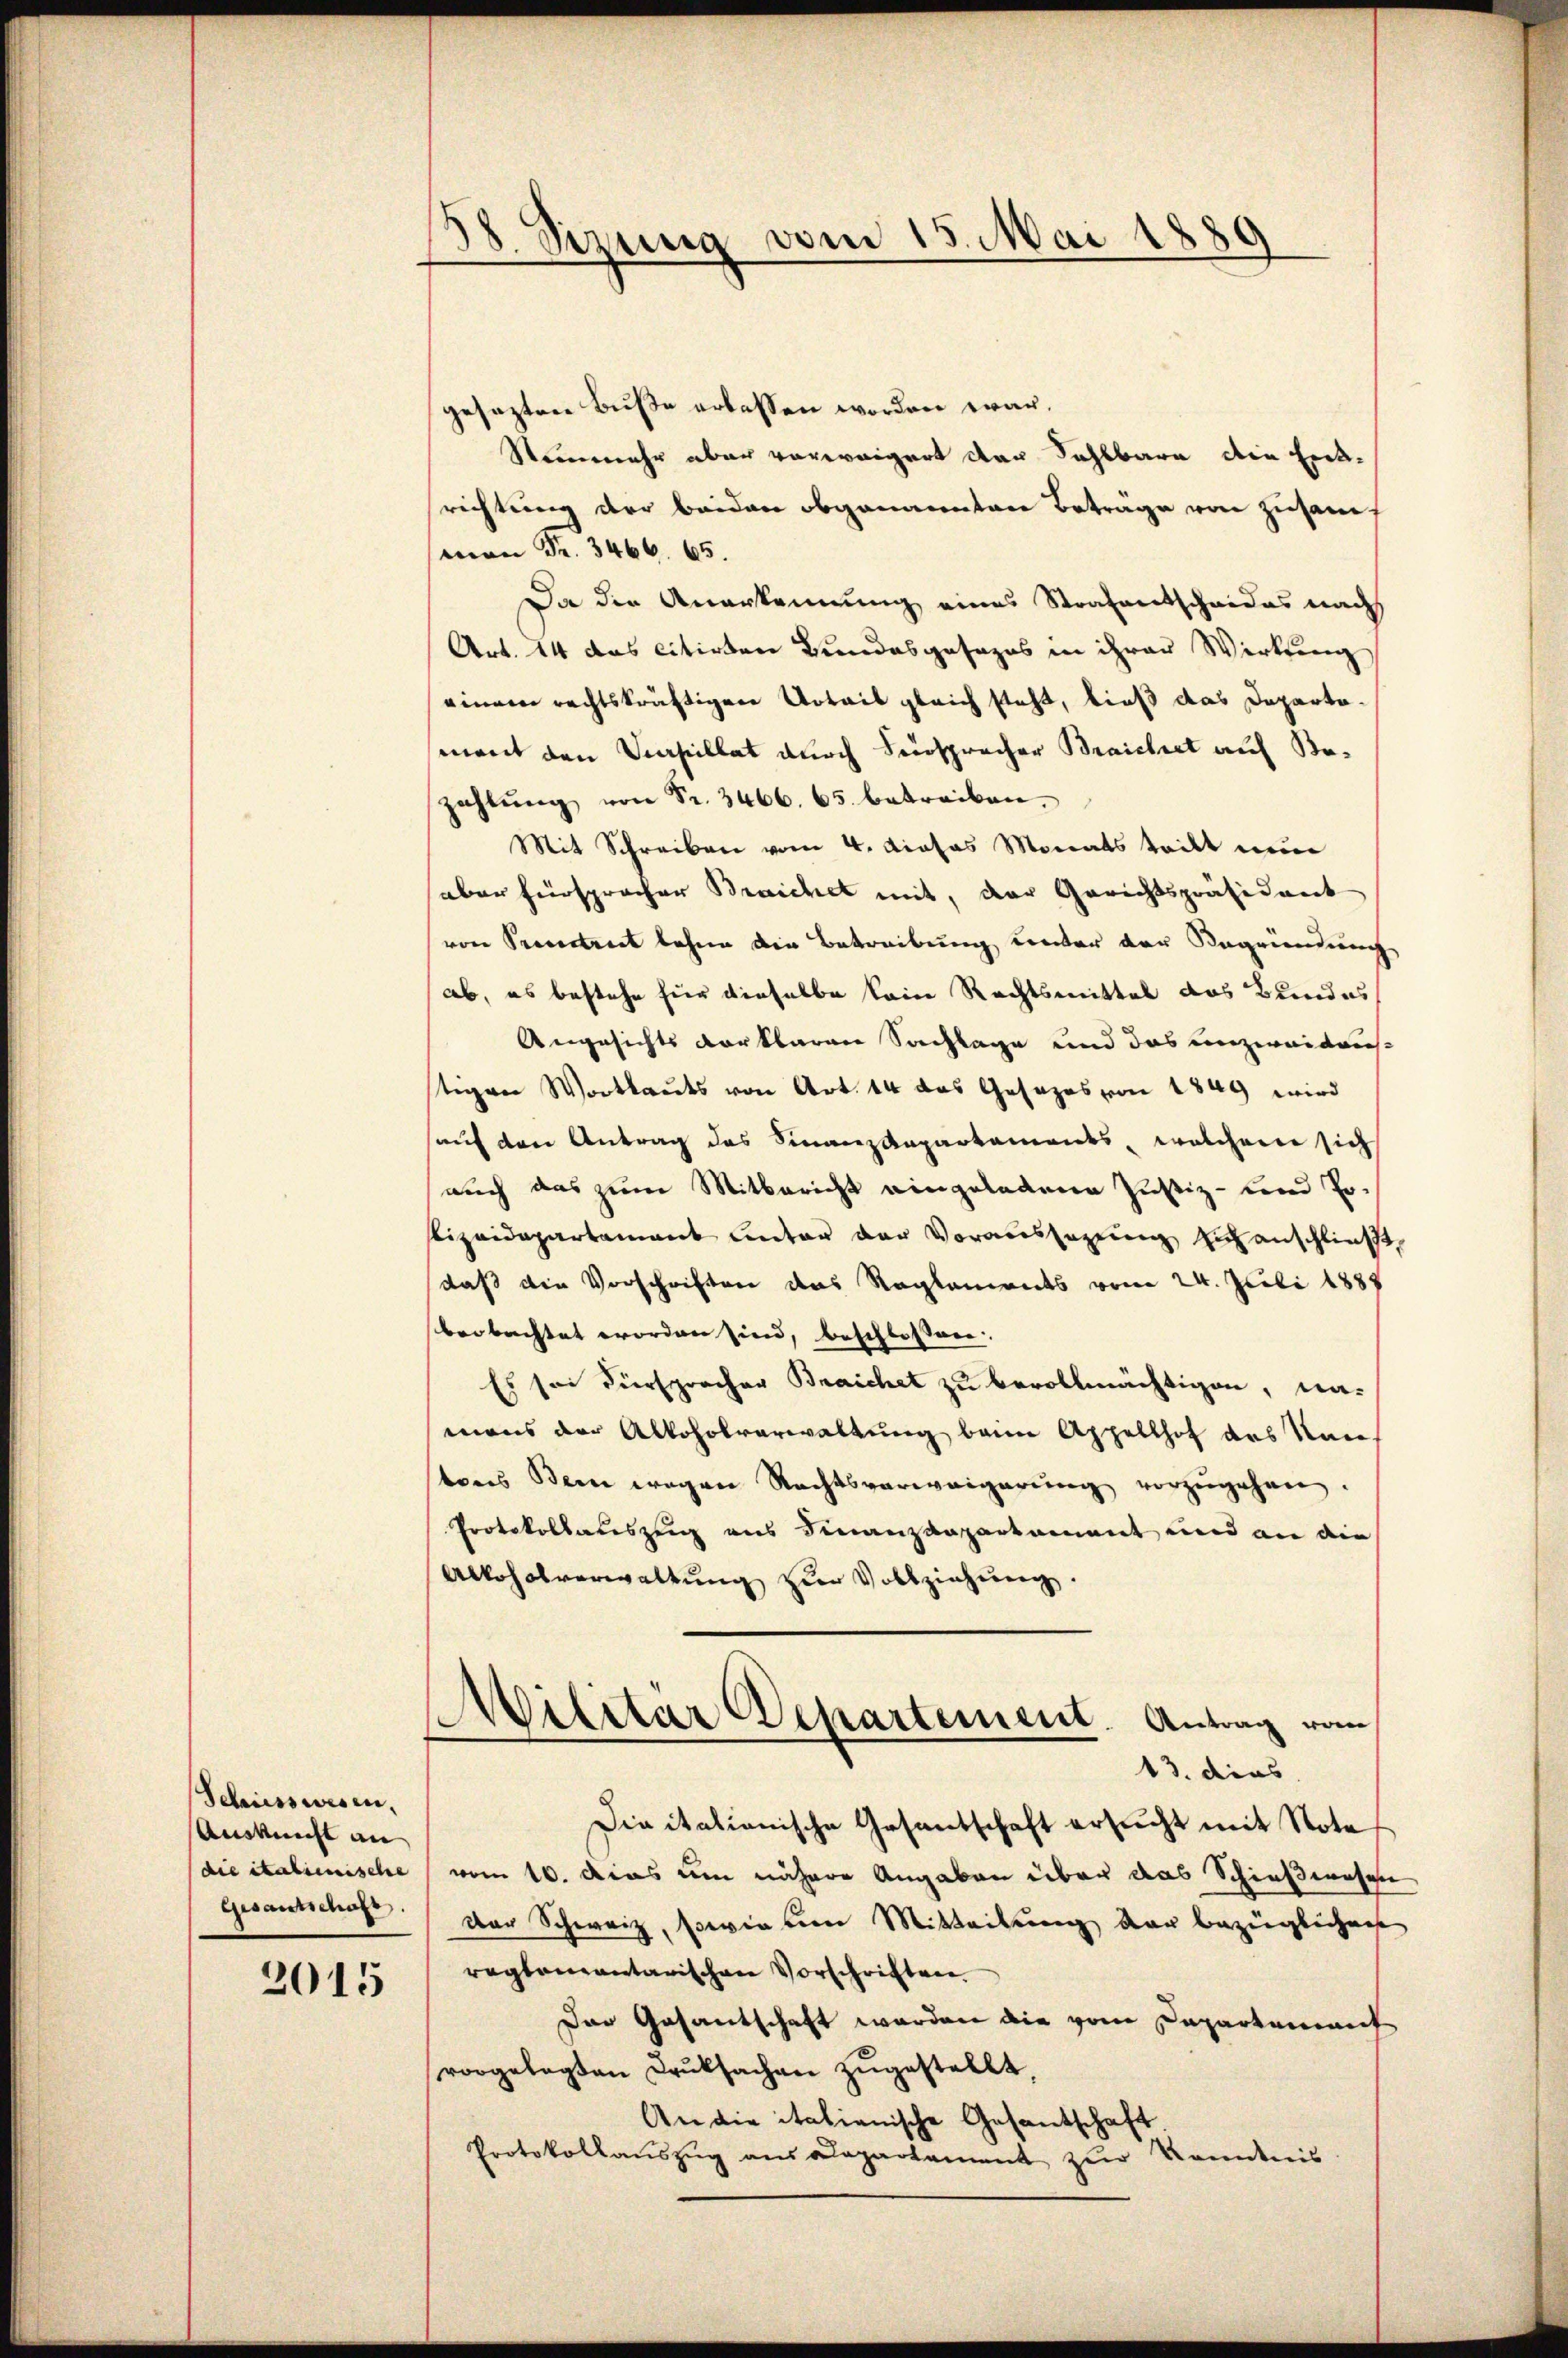
Schusswesen.
Auskunft an |
die italienische
Gesantschaft

2015

38. Sizung vom 15. Mai 1889

gesezten Buße erlassen worden war.
Steuermehr aber vorweigert der Fahlbare die Entrichtung der beiden obgenannten Beträge von zusamman Fr. 3466. 65.
Da die Anerkennung eines Strafentscheides nach
Art. 14 das citirten Bundesgesezes in ihrer Wirkung
einem rechtskräftigen Urteis gleich steht, dieß das Departomant den Vapillat durch Fürsprecher Braicht auf Bezahlŭng von Fr. 3466. 65. betreiben.
Mit Schreiben vom 4. dieses Monats teilt nun
aber fürspracher Brachet mit, der Gerichtspräsident
von Prentreet lehne die Betreibung unter der Begründung
ab, es bestehe für dieselbe kein Rechtsmittel das Bundes
Angesichts vorklaren Sachlage und das unzweitausstigen Wortlauts von Art. 14 das Gesezes von 1849 wird
auf den Antrag des Finanzdepartements, welchem sich
auch das zum Mitbericht eingeladene Justiz- und Posizeidepartement unter der Voraussagung zu anschließt,
daß die Vorschriften das Reglements vom 24. Juli 1887
beobachtet worden sind, beschlossen:
Es sei Fürsprocher Braichet zu bevollmächtigen, na-
mans der Alkoholverwaltŭng beim Appellhof das Name
tons Bein wegen Rechtsverweigerŭng vorzŭgehen.
Protokollauszug aus Finanzdepartament und an die
Alkoholverwaltŭng zŭr Vollziehŭng.
Militar Departement. Antrag vom
13. dies
Die italionische Gesantschaft ersŭcht mit Note
vom 10. das um nähere Angaben über das Schießwesen
Der Schweiz, sowie von Mitteilung der bezüglichen
reglementarischen Vorschriften.
Der Gesantschaft werden die vom Departement
vorgelegten Druksachen zŭgestellt,
An die italienische Gesantschaft.
Protokollaŭszŭg aŭs Departament zŭr Kenntnis